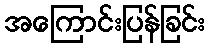
အကြောင်းပြန်ခြင်း